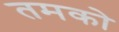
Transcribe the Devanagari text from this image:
तमको